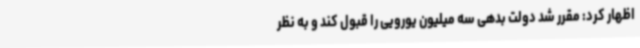
اظهار کرد: مقرر شد دولت بدهی سه میلیون یورویی را قبول کند و به نظر